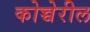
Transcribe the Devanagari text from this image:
कोच्चेरील